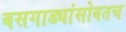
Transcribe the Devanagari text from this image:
बसगाड्यांसोबतच